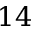
1 4